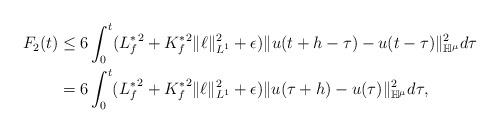
LaTeX: \begin{align*}F_2(t) & \le 6 \int_0^t ({L_f^*}^2+{K_f^*}^2\|\ell\|^2_{L^1}+\epsilon)\|u(t+h-\tau)-u(t-\tau)\|^2_{\mathbb H^\mu}d\tau\\& = 6 \int_0^t ({L_f^*}^2+{K_f^*}^2\|\ell\|^2_{L^1}+\epsilon)\|u(\tau+h)-u(\tau)\|^2_{\mathbb H^\mu}d\tau,\end{align*}